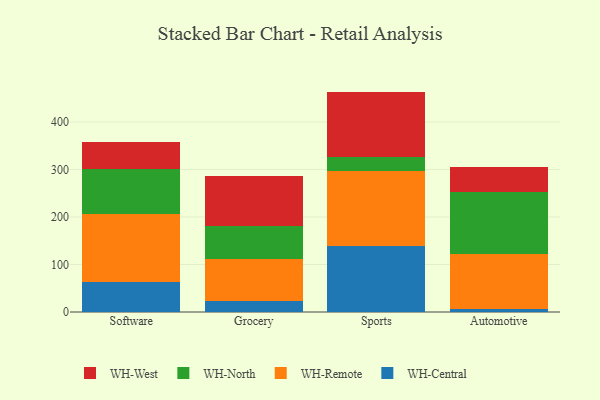
{"axis": {"x": "Category", "y": "Website Visitors"}, "legend": ["WH-Central", "WH-North", "WH-Remote", "WH-West"], "data": [{"x": "Software", "y": 62.4, "type": "WH-Central"}, {"x": "Software", "y": 144.4, "type": "WH-Remote"}, {"x": "Software", "y": 94.2, "type": "WH-North"}, {"x": "Software", "y": 56.1, "type": "WH-West"}, {"x": "Grocery", "y": 24.2, "type": "WH-Central"}, {"x": "Grocery", "y": 87.4, "type": "WH-Remote"}, {"x": "Grocery", "y": 69.8, "type": "WH-North"}, {"x": "Grocery", "y": 104.5, "type": "WH-West"}, {"x": "Sports", "y": 139.0, "type": "WH-Central"}, {"x": "Sports", "y": 156.9, "type": "WH-Remote"}, {"x": "Sports", "y": 31.3, "type": "WH-North"}, {"x": "Sports", "y": 136.8, "type": "WH-West"}, {"x": "Automotive", "y": 5.5, "type": "WH-Central"}, {"x": "Automotive", "y": 116.8, "type": "WH-Remote"}, {"x": "Automotive", "y": 129.5, "type": "WH-North"}, {"x": "Automotive", "y": 53.2, "type": "WH-West"}]}